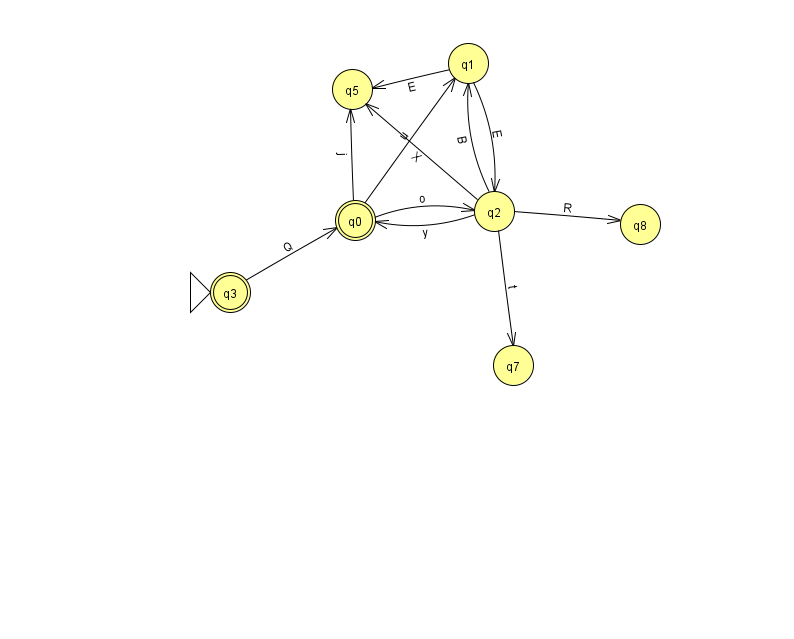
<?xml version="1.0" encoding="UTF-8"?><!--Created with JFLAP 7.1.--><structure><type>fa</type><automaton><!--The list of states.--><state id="0" name="q0"><x>355.0</x><y>207.0</y><final/></state><state id="1" name="q1"><x>468.0</x><y>50.0</y></state><state id="2" name="q2"><x>494.0</x><y>198.0</y></state><state id="3" name="q3"><x>230.0</x><y>279.0</y><initial/><final/></state><state id="5" name="q5"><x>352.0</x><y>76.0</y></state><state id="7" name="q7"><x>513.0</x><y>352.0</y></state><state id="8" name="q8"><x>640.0</x><y>211.0</y></state><!--The list of transitions.--><transition><from>0</from><to>2</to><read>o</read></transition><transition><from>2</from><to>8</to><read>R</read></transition><transition><from>1</from><to>5</to><read>E</read></transition><transition><from>2</from><to>5</to><read>X</read></transition><transition><from>2</from><to>7</to><read>t</read></transition><transition><from>0</from><to>1</to><read>u</read></transition><transition><from>3</from><to>0</to><read>Q</read></transition><transition><from>2</from><to>0</to><read>y</read></transition><transition><from>1</from><to>2</to><read>E</read></transition><transition><from>0</from><to>5</to><read>j</read></transition><transition><from>2</from><to>1</to><read>B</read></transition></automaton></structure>